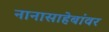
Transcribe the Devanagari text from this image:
नानासाहेबांवर